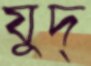
যুদ্